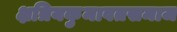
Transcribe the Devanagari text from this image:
क्षत्रियकुमावतसमाज